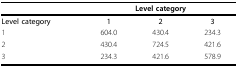
<table><thead><tr><td></td><td colspan="3"><b>Level category</b></td></tr><tr><td><b>Level category</b></td><td><b>1</b></td><td><b>2</b></td><td><b>3</b></td></tr></thead><tbody><tr><td>1</td><td>604.0</td><td>430.4</td><td>234.3</td></tr><tr><td>2</td><td>430.4</td><td>724.5</td><td>421.6</td></tr><tr><td>3</td><td>234.3</td><td>421.6</td><td>578.9</td></tr></tbody></table>